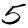
Digit: 5